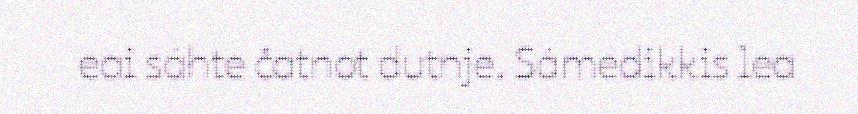
eai sáhte čatnot dutnje. Sámedikkis lea